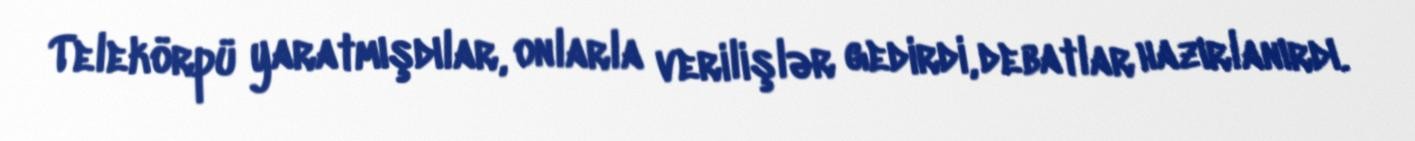
Telekörpü yaratmışdılar, onlarla verilişlər gedirdi, debatlar hazırlanırdı.